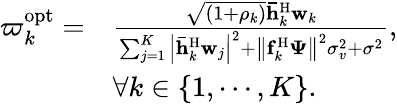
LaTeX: \begin{array}{rl}{{\varpi_{k}^{\mathrm{{opt}}}}=}&{\frac{{\sqrt{\left({1+{\rho_{k}}}\right)}{\mathbf{\bar{h}}}_{k}^{\mathrm{H}}{{\mathbf{w}}_{k}}}}{{\sum_{j=1}^{K}{{{\left|{{\mathbf{\bar{h}}}_{k}^{\mathrm{H}}{{\mathbf{w}}_{j}}}\right|}^{2}}}+{{\left\| {{\mathbf{f}}_{k}^{\mathrm{H}}{{\mathbf{\Psi}}}}\right\| }^{2}}\sigma_{v}^{2}+{\sigma^{2}}}},}\\ &{\forall k\in\{ 1,\cdots,K\} .}\end{array}